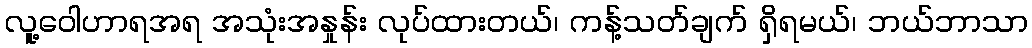
လူ့ဝေါဟာရအရ အသုံးအနှုန်း လုပ်ထားတယ်၊ ကန့်သတ်ချက် ရှိရမယ်၊ ဘယ်ဘာသာ